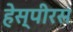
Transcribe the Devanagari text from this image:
हेस्पीरस